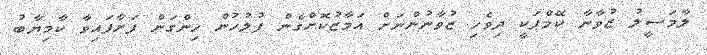
ލާމަސީލު ޒުވާނާ ކޭމްޕަކީ ދިވެހި ޒުވާނުންނަށް އަމާޒުކޮށްގެން ފުލުހުން ހިންގަން ފަށާފައިވާ ކާމިޔާބު